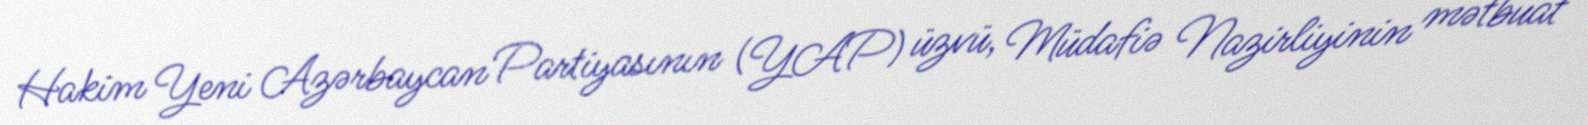
Hakim Yeni Azərbaycan Partiyasının (YAP) üzvü, Müdafiə Nazirliyinin mətbuat